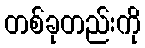
တစ်ခုတည်းကို